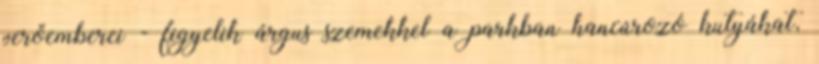
verőemberei - figyelik árgus szemekkel a parkban hancúrozó kutyákat,